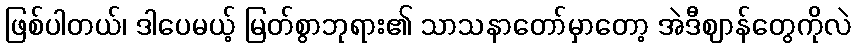
ဖြစ်ပါတယ်၊ ဒါပေမယ့် မြတ်စွာဘုရား၏ သာသနာတော်မှာတော့ အဲဒီဈာန်တွေကိုလဲ